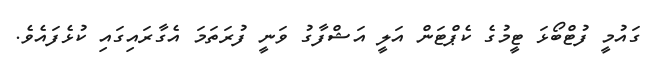
ގައުމީ ފުޓްބޯޅަ ޓީމުގެ ކެޕްޓަން އަލީ އަޝްފާގު ވަނީ ފުރަތަމަ އެގާރައިގައި ކުޅެފައެވެ.